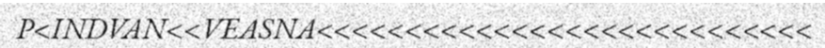
P<INDVAN<<VEASNA<<<<<<<<<<<<<<<<<<<<<<<<<<<<